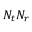
N _ { t } N _ { r }